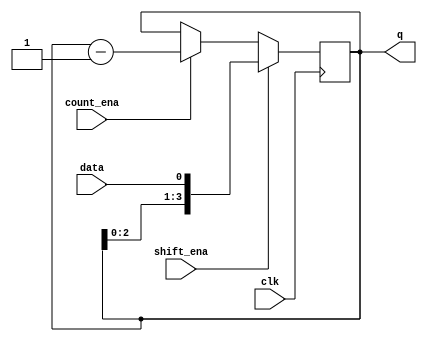
module top_module
(
    input 			clk,
    input 			shift_ena,
    input 			count_ena,
    input 			data,
    
    output	[3:0]	q
);
    reg		[3:0]	internal;
    
    always @ ( posedge clk ) begin
        if ( shift_ena )
            internal	<=	{internal[2:0], data};
        else if ( count_ena )
            internal	<=	internal - 1;
    end // always
    
    assign	q	=	internal;

endmodule